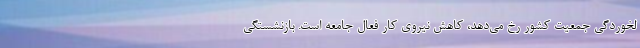
لخوردگی جمعیت کشور رخ می‌دهد، کاهش نیروی کار فعال جامعه است. بازنشستگی